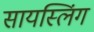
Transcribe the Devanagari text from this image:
सायस्लिंग